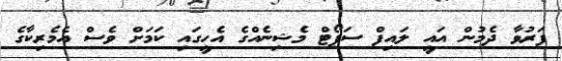
ފަރުވާ ދެމުން އައީ ލައިފް ސަޕޯޓް މެޝިނެއްގެ އެހީގައި ކަމަށް ވެސް އެމެރިކާގެ